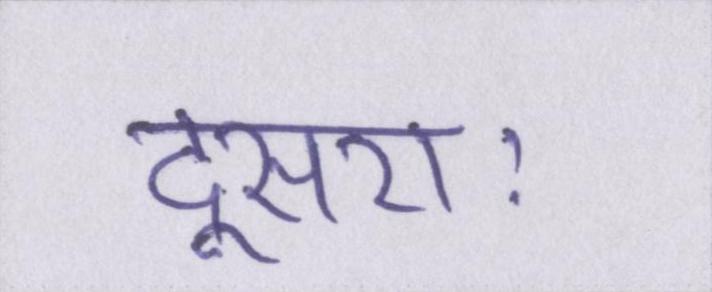
दूसराः